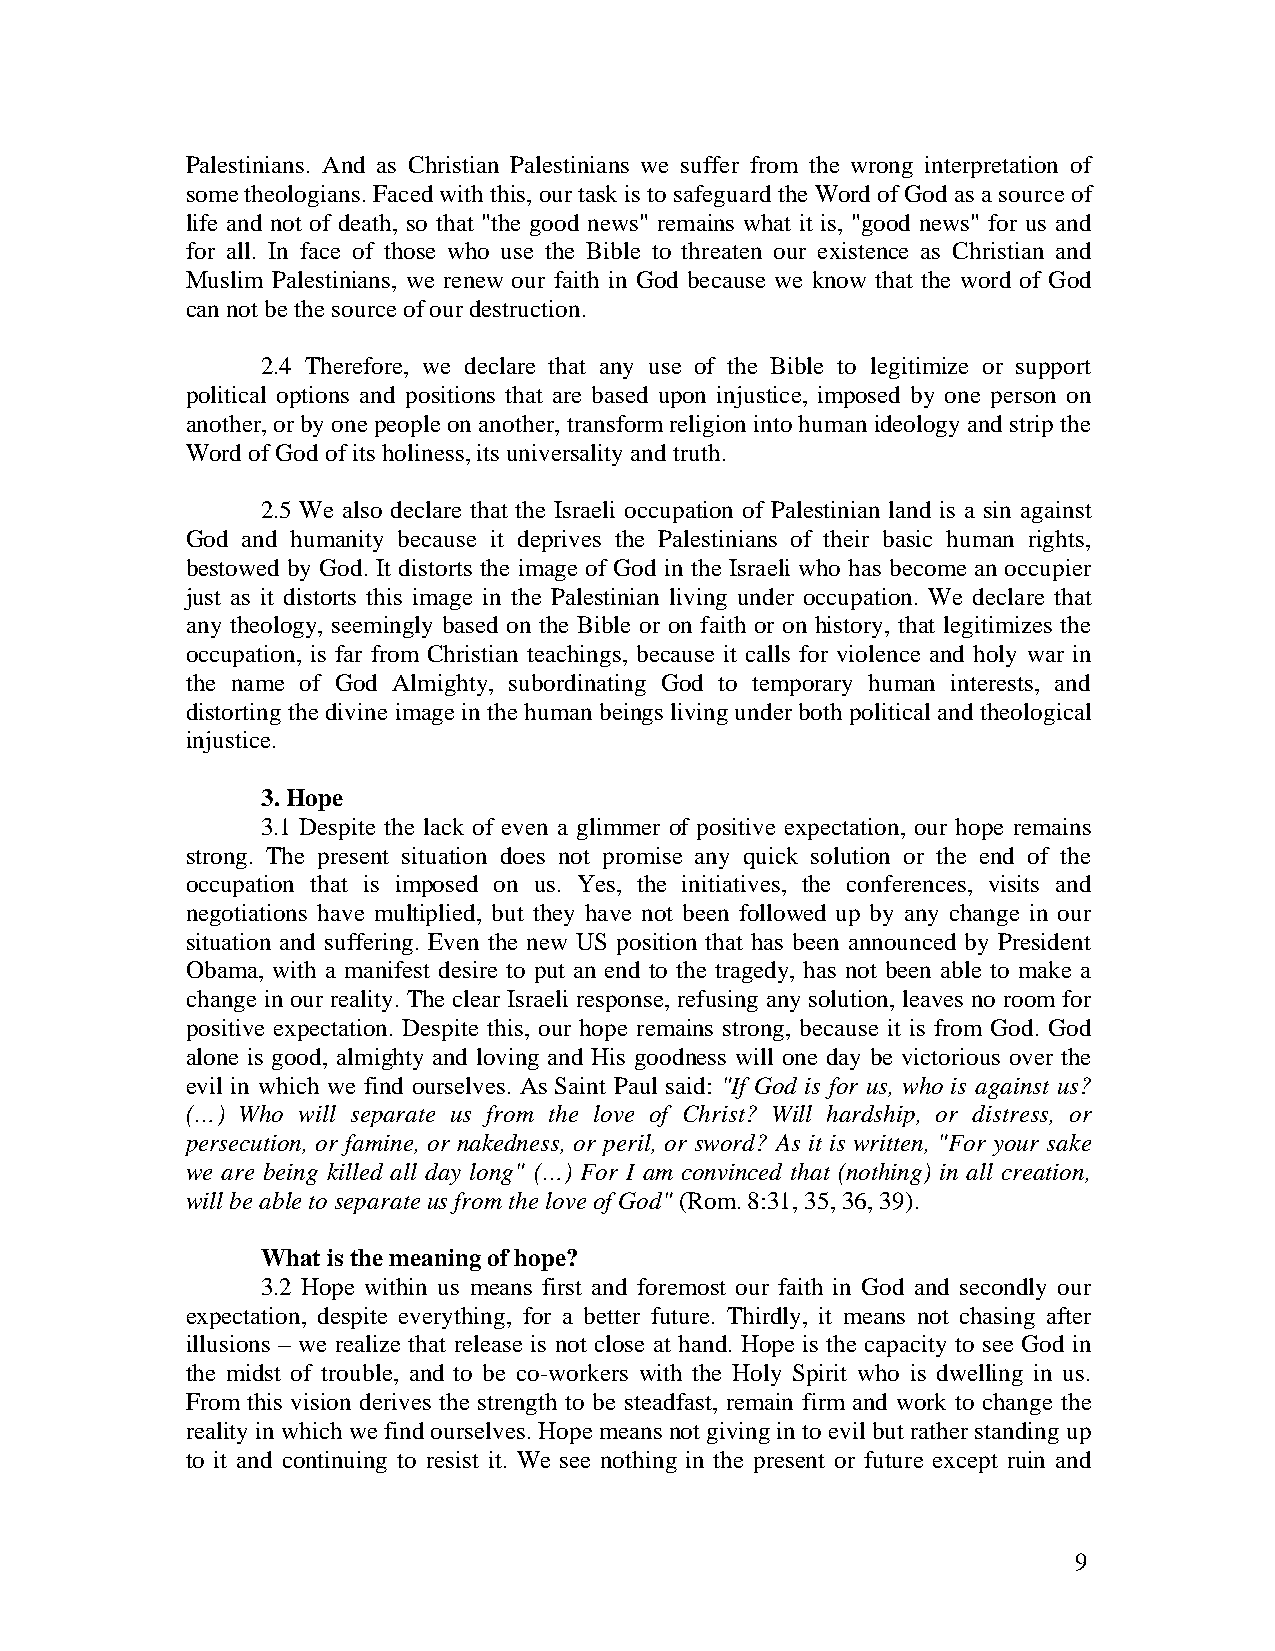
Palestinians. And as Christian Palestinians we suffer from the wrong interpretation of
 some theologians. Faced with this, our task is to safeguard the Word of God as a source of
 life and not of death, so that "the good news" remains what it is, "good news" for us and
 for all. In face of those who use the Bible to threaten our existence as Christian and
 Muslim Palestinians, we renew our faith in God because we know that the word of God
 can not be the source of our destruction.
 2.4 Therefore, we declare that any use of the Bible to legitimize or support
 political options and positions that are based upon injustice, imposed by one person on
 another, or by one people on another, transform religion into human ideology and strip the
 Word of God of its holiness, its universality and truth.
 2.5 We also declare that the Israeli occupation of Palestinian land is a sin against
 God and humanity because it deprives the Palestinians of their basic human rights,
 bestowed by God. It distorts the image of God in the Israeli who has become an occupier
 just as it distorts this image in the Palestinian living under occupation. We declare that
 any theology, seemingly based on the Bible or on faith or on history, that legitimizes the
 occupation, is far from Christian teachings, because it calls for violence and holy war in
 the name of God Almighty, subordinating God to temporary human interests, and
 distorting the divine image in the human beings living under both political and theological
 injustice.
 3. Hope
 3.1 Despite the lack of even a glimmer of positive expectation, our hope remains
 strong. The present situation does not promise any quick solution or the end of the
 occupation that is imposed on us. Yes, the initiatives, the conferences, visits and
 negotiations have multiplied, but they have not been followed up by any change in our
 situation and suffering. Even the new US position that has been announced by President
 Obama, with a manifest desire to put an end to the tragedy, has not been able to make a
 change in our reality. The clear Israeli response, refusing any solution, leaves no room for
 positive expectation. Despite this, our hope remains strong, because it is from God. God
 alone is good, almighty and loving and His goodness will one day be victorious over the
 evil in which we find ourselves. As Saint Paul said: "If God is for us, who is against us?
 (…) Who will separate us from the love of Christ? Will hardship, or distress, or
 persecution, or famine, or nakedness, or peril, or sword? As it is written, "For your sake
 we are being killed all day long" (…) For I am convinced that (nothing) in all creation,
 will be able to separate us from the love of God" (Rom. 8:31, 35, 36, 39).
 What is the meaning of hope?
 3.2 Hope within us means first and foremost our faith in God and secondly our
 expectation, despite everything, for a better future. Thirdly, it means not chasing after
 illusions – we realize that release is not close at hand. Hope is the capacity to see God in
 the midst of trouble, and to be co-workers with the Holy Spirit who is dwelling in us.
 From this vision derives the strength to be steadfast, remain firm and work to change the
 reality in which we find ourselves. Hope means not giving in to evil but rather standing up
 to it and continuing to resist it. We see nothing in the present or future except ruin and
 9